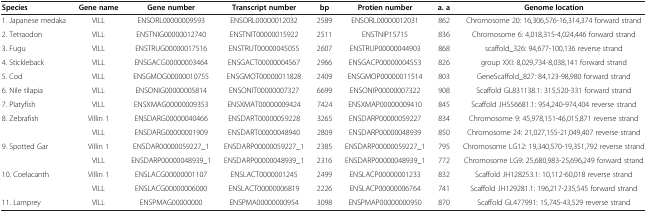
<table><thead><tr><td><b>Species</b></td><td><b>Gene name</b></td><td><b>Gene number</b></td><td><b>Transcript number</b></td><td><b>bp</b></td><td><b>Protien number</b></td><td><b>a. a</b></td><td><b>Genome location</b></td></tr></thead><tbody><tr><td>1. Japanese medaka</td><td>VILL</td><td>ENSORL00000009593</td><td>ENSORL00000012032</td><td>2589</td><td>ENSORL00000012031</td><td>862</td><td>Chromosome 20: 16,306,576-16,314,374 forward strand</td></tr><tr><td>2. Tetraodon</td><td>VILL</td><td>ENSTNIG00000012740</td><td>ENSTNIT00000015922</td><td>2511</td><td>ENSTNIP15715</td><td>836</td><td>Chromosome 6: 4,018,315-4,024,446 forward strand</td></tr><tr><td>3. Fugu</td><td>VILL</td><td>ENSTRUG00000017516</td><td>ENSTRUT00000045055</td><td>2607</td><td>ENSTRUP00000044903</td><td>868</td><td>scaffold_326: 94,677-100,136 reverse strand</td></tr><tr><td>4. Stickleback</td><td>VILL</td><td>ENSGACG00000003464</td><td>ENSGACT00000004567</td><td>2966</td><td>ENSGACP00000004553</td><td>826</td><td>group XXI: 8,029,734-8,038,141 forward strand</td></tr><tr><td>5. Cod</td><td>VILL</td><td>ENSGMOG00000010755</td><td>ENSGMOT00000011828</td><td>2409</td><td>ENSGMOP00000011514</td><td>803</td><td>GeneScaffold_827: 84,123-98,980 forward strand</td></tr><tr><td>6. Nile tilapia</td><td>VILL</td><td>ENSONIG00000005814</td><td>ENSONIT00000007327</td><td>6699</td><td>ENSONIP00000007322</td><td>908</td><td>Scaffold GL831138.1: 315,520-331 forward strand</td></tr><tr><td>7. Platyfish</td><td>VILL</td><td>ENSXMAG00000009353</td><td>ENSXMAT00000009424</td><td>7424</td><td>ENSXMAP00000009410</td><td>845</td><td>Scaffold JH556681.1: 954,240-974,404 reverse strand</td></tr><tr><td>8. Zebrafish</td><td>Villin 1</td><td>ENSDARG00000040466</td><td>ENSDART00000059228</td><td>3265</td><td>ENSDARP00000059227</td><td>834</td><td>Chromosome 9: 45,978,151-46,015,871 reverse strand</td></tr><tr><td> </td><td>VILL</td><td>ENSDARG00000001909</td><td>ENSDART00000048940</td><td>2809</td><td>ENSDARP00000048939</td><td>850</td><td>Chromosome 24: 21,027,155-21,049,407 reverse strand</td></tr><tr><td>9. Spotted Gar</td><td>Villin 1</td><td>ENSDAR00000059227_1</td><td>ENSDARP00000059227_1</td><td>2385</td><td>ENSDARP00000059227_1</td><td>795</td><td>Chromosome LG12: 19,340,570-19,351,792 reverse strand</td></tr><tr><td> </td><td>VILL</td><td>ENSDARP00000048939_1</td><td>ENSDARP00000048939_1</td><td>2316</td><td>ENSDARP00000048939_1</td><td>772</td><td>Chromosome LG9: 25,680,983-25,696,249 forward strand</td></tr><tr><td>10. Coelacanth</td><td>Villin 1</td><td>ENSLACG00000001107</td><td>ENSLACT0000001245</td><td>2499</td><td>ENSLACP00000001233</td><td>832</td><td>Scaffold JH128253.1: 10,112-60,018 reverse strand</td></tr><tr><td> </td><td>VILL</td><td>ENSLACG00000006000</td><td>ENSLACT00000006819</td><td>2226</td><td>ENSLACP00000006764</td><td>741</td><td>Scaffold JH129281.1: 196,217-235,545 forward strand</td></tr><tr><td>11. Lamprey</td><td>VILL</td><td>ENSPMAG00000000</td><td>ENSPMA00000000954</td><td>3098</td><td>ENSPMAP00000000950</td><td>870</td><td>Scaffold GL477991: 15,745-43,529 reverse strand</td></tr></tbody></table>